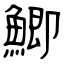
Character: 鯽